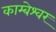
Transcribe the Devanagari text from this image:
काम्बेश्वर